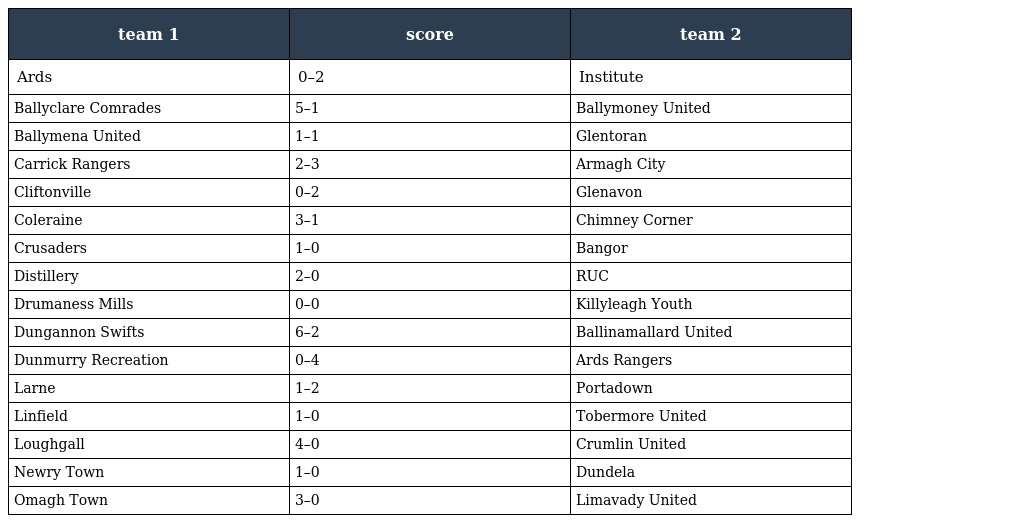
| team 1 | score | team 2 |
 | --- | --- | --- |
 | Ards | 0–2 | Institute |
 | Ballyclare Comrades | 5–1 | Ballymoney United |
 | Ballymena United | 1–1 | Glentoran |
 | Carrick Rangers | 2–3 | Armagh City |
 | Cliftonville | 0–2 | Glenavon |
 | Coleraine | 3–1 | Chimney Corner |
 | Crusaders | 1–0 | Bangor |
 | Distillery | 2–0 | RUC |
 | Drumaness Mills | 0–0 | Killyleagh Youth |
 | Dungannon Swifts | 6–2 | Ballinamallard United |
 | Dunmurry Recreation | 0–4 | Ards Rangers |
 | Larne | 1–2 | Portadown |
 | Linfield | 1–0 | Tobermore United |
 | Loughgall | 4–0 | Crumlin United |
 | Newry Town | 1–0 | Dundela |
 | Omagh Town | 3–0 | Limavady United |